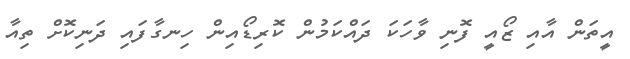
އީތަން އާއި ޒޯއީ ފޮނި ވާހަކަ ދައްކަމުން ކޮރިޑޯއިން ހިނގާފައި ދަނިކޮށް ތިއާ